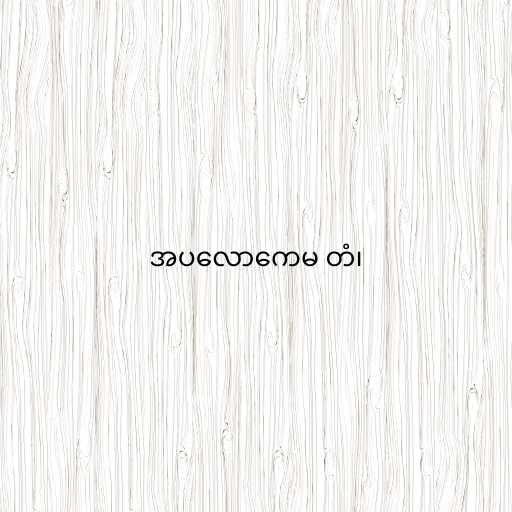
အပလောကေမ တံ၊